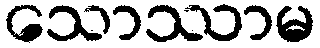
သောဿာမ